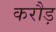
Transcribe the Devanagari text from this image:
करौड़